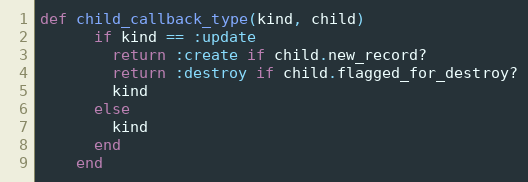
Language: Ruby
def child_callback_type(kind, child)
      if kind == :update
        return :create if child.new_record?
        return :destroy if child.flagged_for_destroy?
        kind
      else
        kind
      end
    end